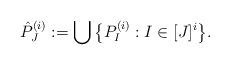
LaTeX: \begin{align*}\hat{P}^{(i)}_J:=\bigcup\big\{P^{(i)}_I: I\in [J]^{i}\big\}.\end{align*}